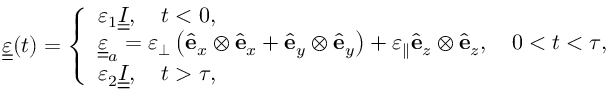
\begin{array} { r } { \underline { { \underline { \varepsilon } } } ( t ) = \left\{ \begin{array} { l l } { \varepsilon _ { 1 } \underline { { \underline { I } } } , \quad t < 0 , } \\ { \underline { { \underline { { \varepsilon } } } } _ { a } = \varepsilon _ { \perp } \left( { \hat { \bf e } } _ { x } \otimes { \hat { \bf e } } _ { x } + { \hat { \bf e } } _ { y } \otimes { \hat { \bf e } } _ { y } \right) + \varepsilon _ { \parallel } { \hat { \bf e } } _ { z } \otimes { \hat { \bf e } } _ { z } , \quad 0 < t < \tau , } \\ { \varepsilon _ { 2 } \underline { { \underline { I } } } , \quad t > \tau , } \end{array} \right. } \end{array}